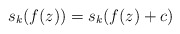
\begin{align*}s_k(f(z))=s_k(f(z)+c)\end{align*}